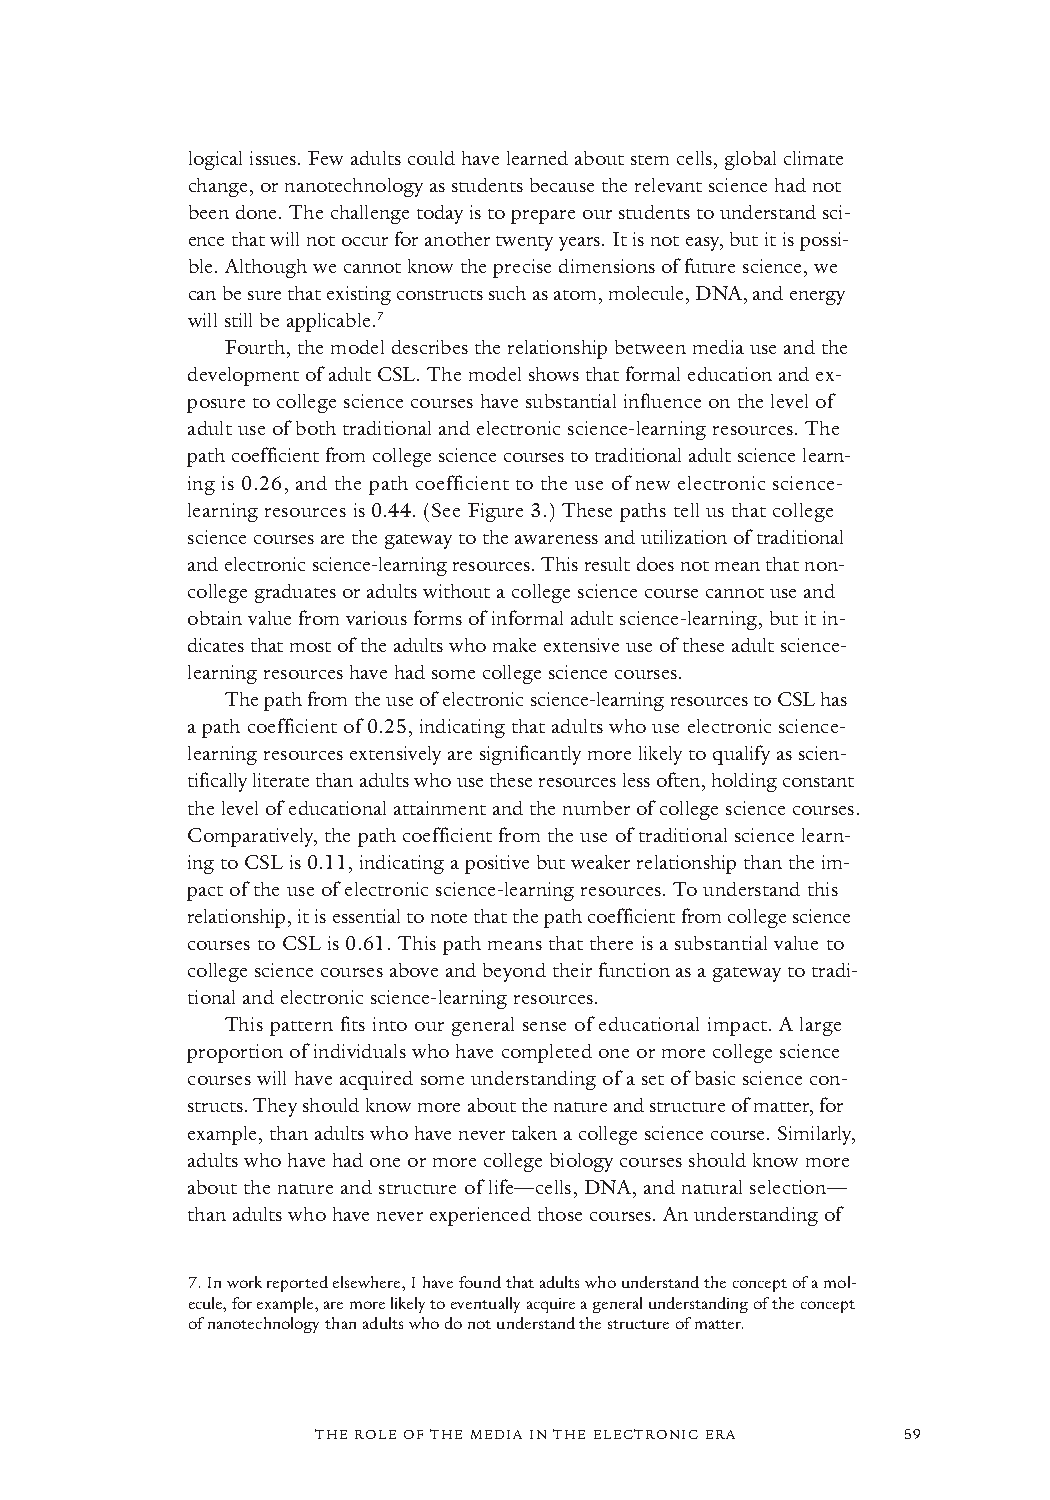
logical issues. Few adults could have learned about stem cells, global climate
 change, or nanotechnology as students because the relevant science had not
 been done. The challenge today is to prepare our students to understand sci-
 ence that will not occur for another twentyyears. It is not easy, but it is possi-
 ble. Although we cannot know the precise dimensions of future science, we
 can be sure that existing constructs such as atom, molecule, DNA, and energy
 will still be applicable.7
 Fourth, the model describes the relationship between media use and the
 development of adult CSL. The model shows that formal education and ex-
 posure to college science courses have substantial influence on the level of
 adult use of both traditional and electronic science-learning resources. The
 path coefficient from college science courses to traditional adult science learn-
 ing is 0.26, and the path coefficient to the use of new electronic science-
 learning resources is0.44. (See Figure 3.) These paths tell us that college
 science courses are the gateway to the awareness and utilization of traditional
 and electronic science-learning resources. This result does not mean that non-
 college graduates or adults without a college science course cannot use and
 obtain value from various forms of informal adult science-learning, but it in-
 dicates that most of the adults who make extensive use of these adult science-
 learning resources have had some college science courses.
 The path from the use of electronic science-learning resources to CSL has
 a path coefficient of 0.25, indicating that adults who use electronic science-
 learning resources extensively are significantly more likely to qualify as scien-
 tifically literate than adults who use these resources less often, holding constant
 the level of educational attainment and the number of college science courses.
 Comparatively, the path coefficient from the use of traditional science learn-
 ing to CSL is 0.11, indicating a positive but weaker relationship than the im-
 pact of the use of electronic science-learning resources. To understand this
 relationship, it is essential to note that the path coefficient from college science
 courses to CSL is 0.61. This path means that there is a substantial value to
 college science courses above and beyond their function as a gateway to tradi-
 tional and electronic science-learning resources.
 This pattern fits into our general sense of educational impact. A large
 proportion of individuals who have completed one or more college science
 courses will have acquired some understanding of a set of basic science con-
 structs. They should know more about the nature and structure of matter, for
 example, than adults who have never taken a college science course. Similarly,
 adults who have had one or more college biology courses should know more
 about the nature and structure of life—cells, DNA, and natural selection—
 than adults who have never experienced those courses. An understanding of
 7.In work reported elsewhere, I have found that adults who understand the concept of a mol-
 ecule, for example, are more likely to eventually acquire a general understanding of the concept
 of nanotechnology than adults who do not understand the structure of matter.
 THE ROLE OF THE MEDIA IN THE ELECTRONIC ERA 59